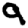
Digit: 9